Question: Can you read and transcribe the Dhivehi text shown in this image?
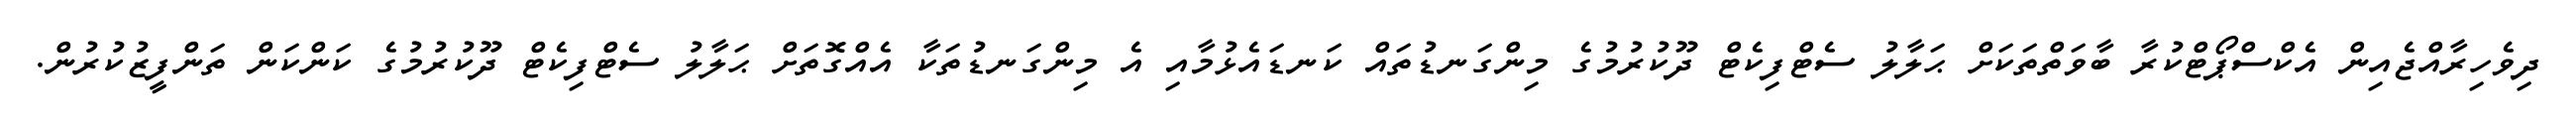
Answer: ދިވެހިރާއްޖެއިން އެކްސްޕޯޓްކުރާ ބާވަތްތަކަށް ޙަލާލު ސެޓްފިކެޓް ދޫކުރުމުގެ މިންގަނޑުތައް ކަނޑައެޅުމާއި އެ މިންގަނޑުތަކާ އެއްގޮތަށް ޙަލާލު ސެޓްފިކެޓް ދޫކުރުމުގެ ކަންކަން ތަންފީޒުކުރުން.